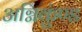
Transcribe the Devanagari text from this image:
अग्निकुंण्ड